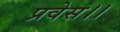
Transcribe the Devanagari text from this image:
प्रवेस।।